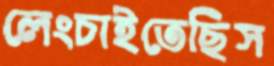
লেংচাইতেছিস